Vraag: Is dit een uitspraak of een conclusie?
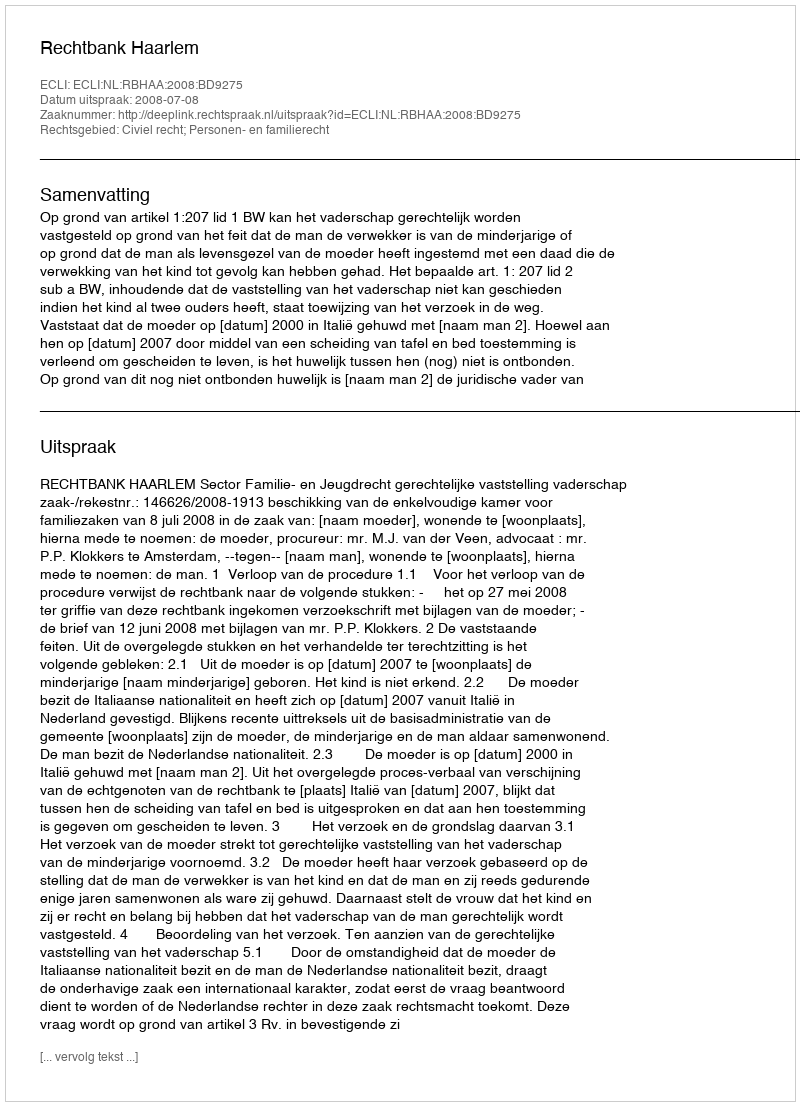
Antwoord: Uitspraak